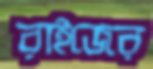
রাইজের